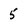
Character: 5